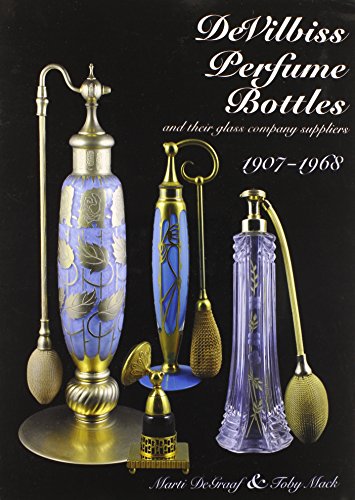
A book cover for Devilbiss Perfume Bottles: 1907 to 1968; Marti Degraaf; Crafts, Hobbies & Home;